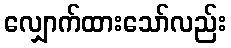
လျှောက်ထားသော်လည်း